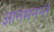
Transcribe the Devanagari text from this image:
ज्ञानमनन्तं